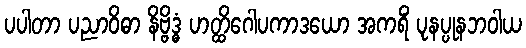
ပပါတာ ပညာဝိဓာ နိဗ္ဗိဒ္ဓံ ဟတ္ထိဂေါပကာဒယော အကရိံ ပုနပ္ပုနဘဝါယ